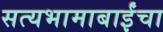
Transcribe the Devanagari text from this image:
सत्यभामाबाईंचा